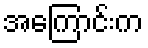
အကြောင်းက